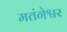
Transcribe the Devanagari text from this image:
मतंगेश्वर